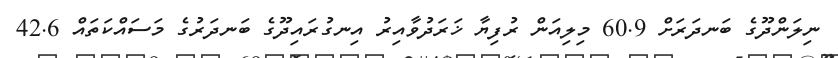
ނިލަންދޫގެ ބަނދަރަށް 60.9 މިލިއަން ރުފިޔާ ޚަރަދުވާއިރު އިނގުރައިދޫގެ ބަނދަރުގެ މަސައްކަތައް 42.6